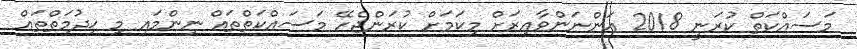
މަސައްކަތް ކުރަނީ 2018 އަންނަންވާއިރަށް މިކަމަށް ކުރަންޖެހޭ މަސައްކަތްތައް ނިންމައި މި ޚިދުމަތްތައް